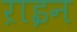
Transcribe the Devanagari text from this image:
ऱाइन